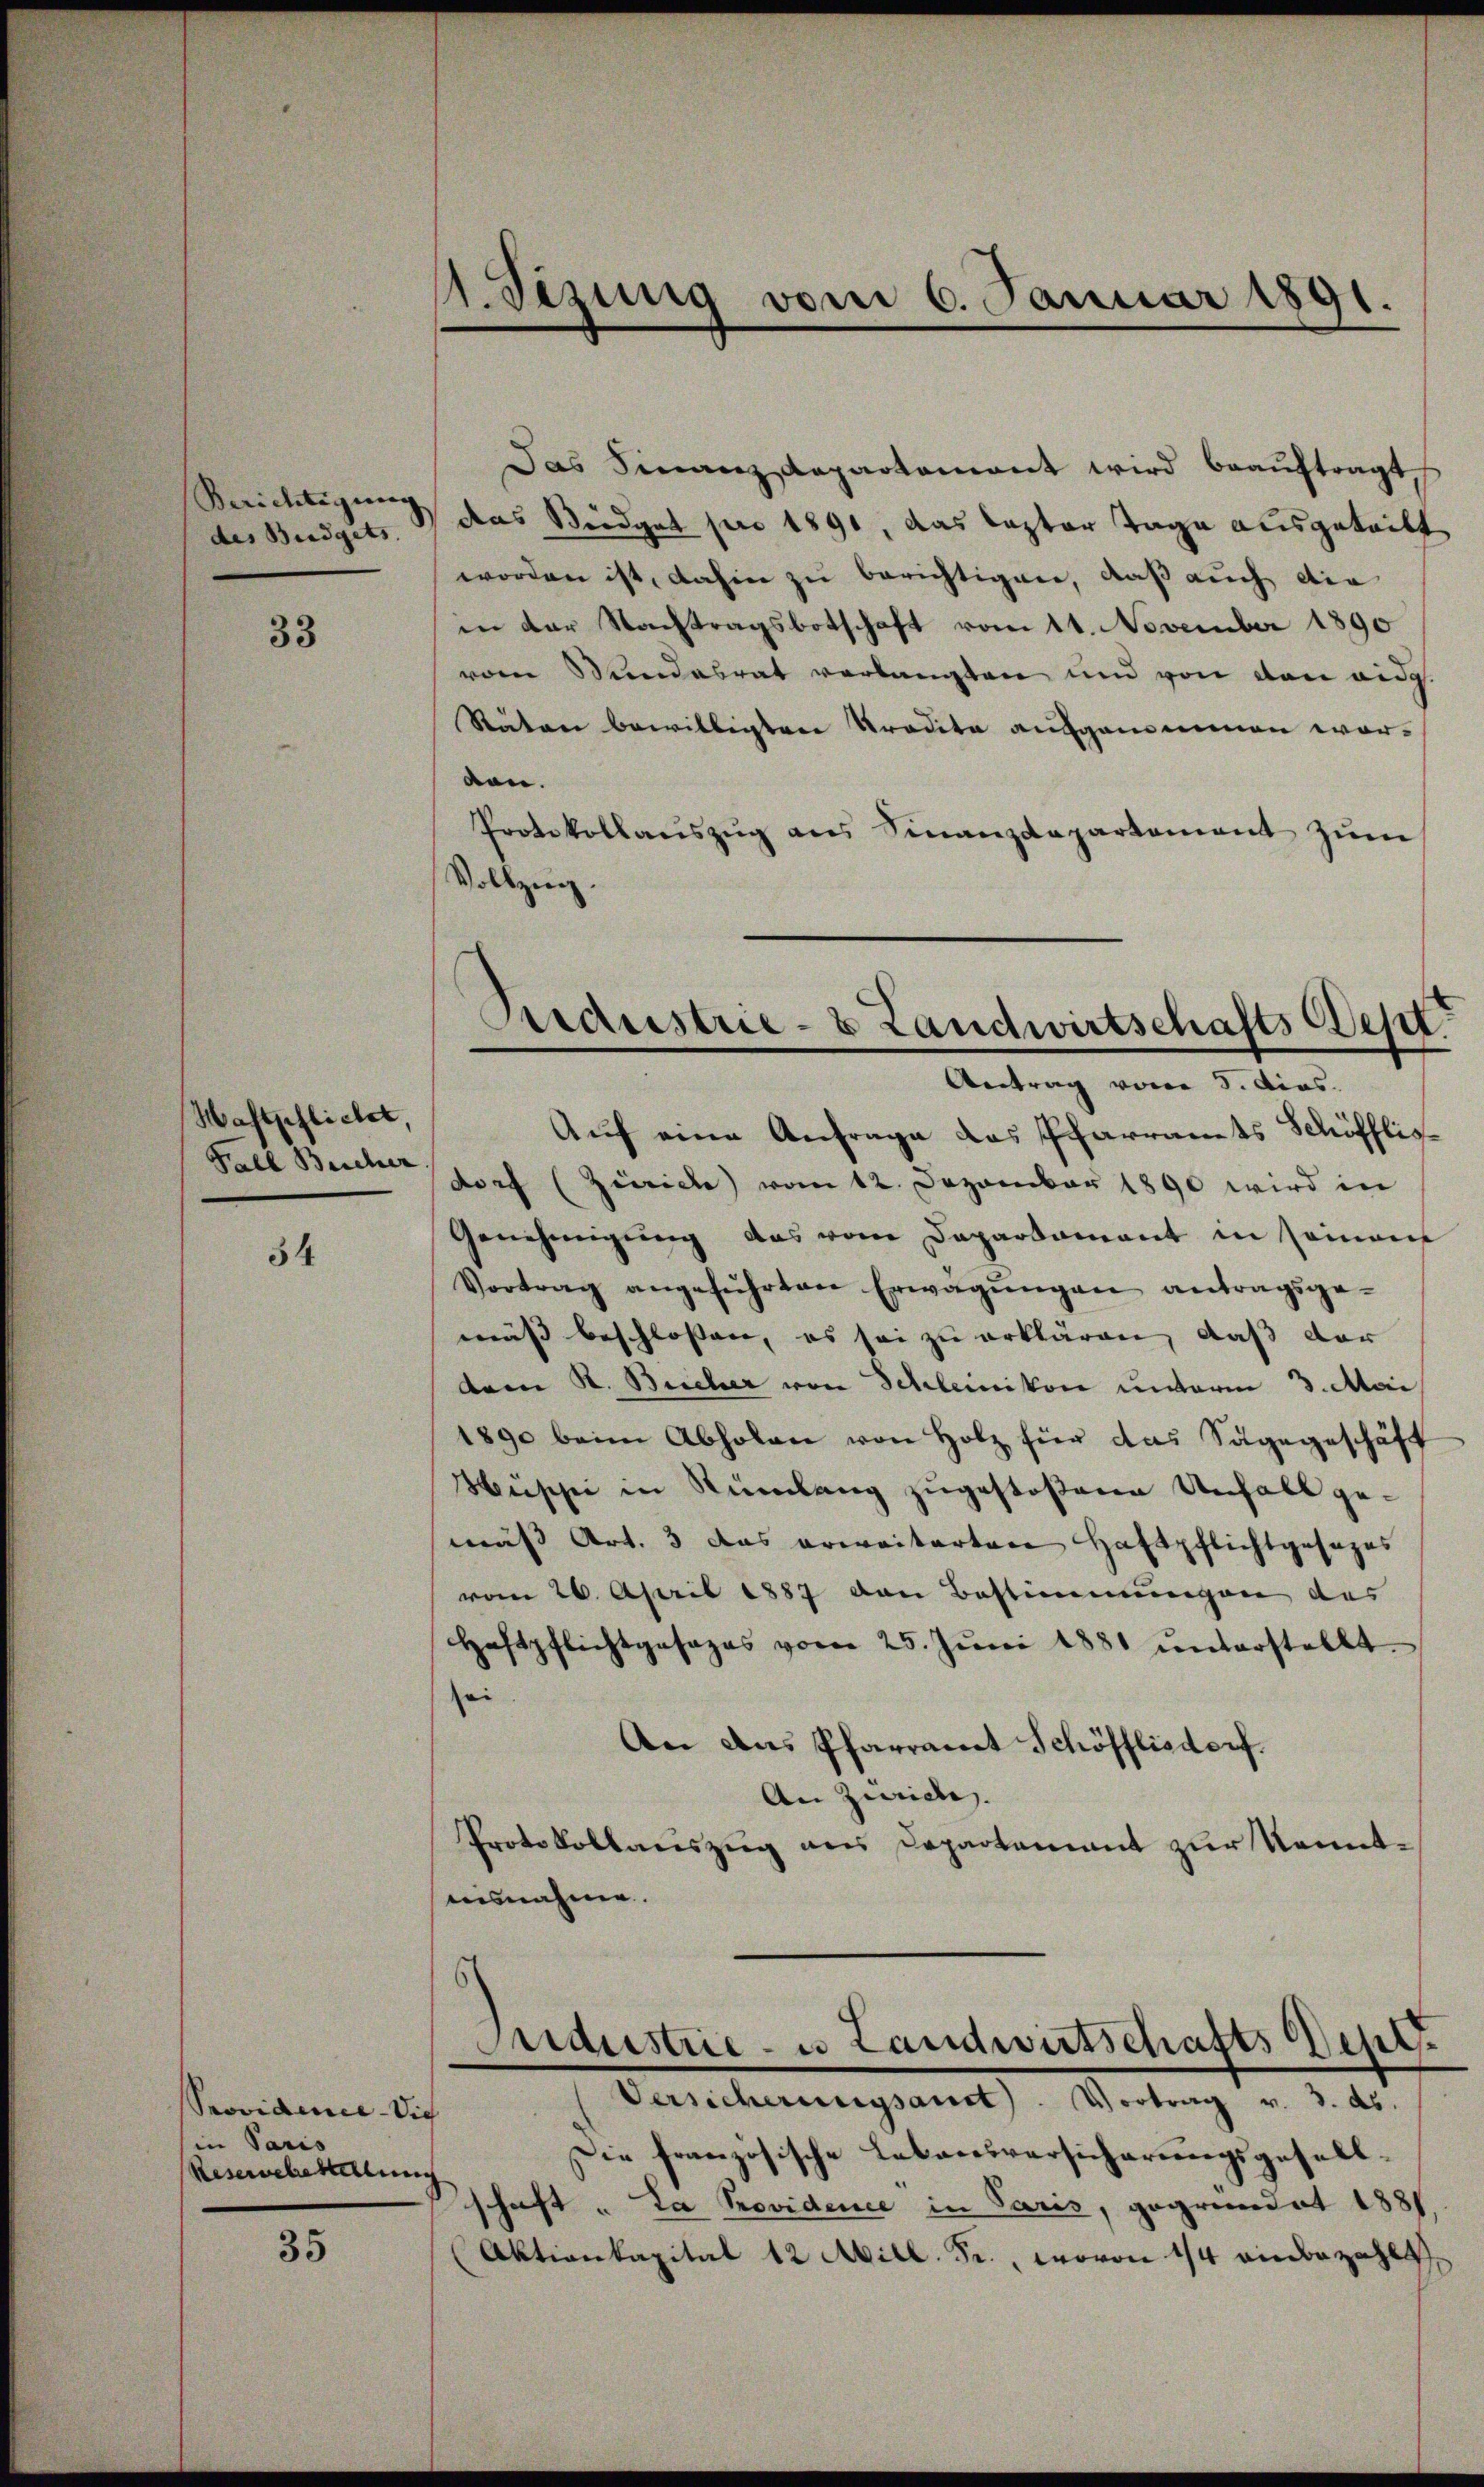
Berichtigung
des Budgets.

33

Waftpflichet,
Fall Bescher

34

Providemie die
in Paris
Reservehestellung

35

11. Jezung vom 6. Januar 1891.

Das Finanzdepartamant wird beaŭftragt,
das Steidget pro 1890, das lezter Tage ausgeteilt
worden ist, dahin zu berichtigen, daß auch die
in der Nachtragsbotschaft vom 11. November 1890
vom Stundesrat verlangten und von von eidg
Räten bewilligten Tradita aufgenommen worden.
Protokollaŭszŭg ans Finanzdepartament zŭm
Vollzug.
Antrag vom 5. dies
Auf eine Anfrage das Pfarramts Schöfflisdorf (Zürich) vom 12. Dezember 1890 wird in
Genehmigŭng das vom Departament in seinem
Vortrag angeführten Erwägŭngen antragsge-
muss beschlossen, es sei zu erklären, daß der
dem K. Beicher von Schleinikon unterm 3. Mai
1890 beim Abholen von Holz für das Sagegeschäft
Müssi in Rümlang zugestoßene Unfall ge-
mäss Art. 3 das erweiterten Haftpflichtgesezes
vom 26. April 1887 den Bestimmungen des
Haftpflichtgesages vom 25. Jŭni 1881 ŭnterstellt.
sei
An das Pfarramt Schöfflisdorf.
An Zürich.
Protokollauszug aus Departement zur Kenntausnahme.
Maustrie- u Landwirtschafts Sept.
Versicherungsant. Vortrag v. 3. ds.
Die französische Lebensversicherungsgesellschaft „La Providence in Paris, gegründet 1881
(Aktionkapital 12 Mill. Fr., wovon 1/4 einbezahlt,

Aaraustrie- & Landwirtschafts Sept.